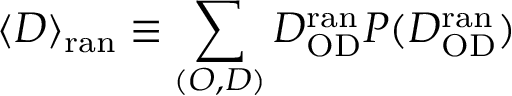
\langle D \rangle _ { \mathrm { r a n } } \equiv \sum _ { ( O , D ) } D _ { \mathrm { O D } } ^ { \mathrm { r a n } } P ( D _ { \mathrm { O D } } ^ { \mathrm { r a n } } )